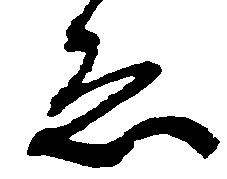
ゑ